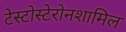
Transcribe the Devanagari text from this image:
टेस्टोस्टेरोनशामिल